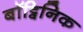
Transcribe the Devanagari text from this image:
बॉट्विनिक